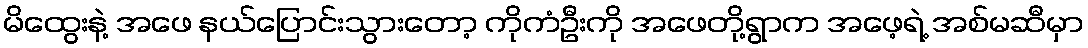
မိထွေးနဲ့ အဖေ နယ်ပြောင်းသွားတော့ ကိုကံဦးကို အဖေတို့ရွာက အဖေ့ရဲ့ အစ်မဆီမှာ